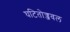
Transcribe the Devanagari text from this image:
घटितोज्जवल